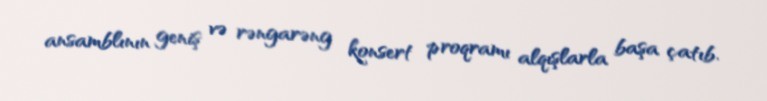
ansamblının geniş və rəngarəng konsert proqramı alqışlarla başa çatıb.